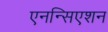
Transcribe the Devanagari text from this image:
एनन्सिएशन